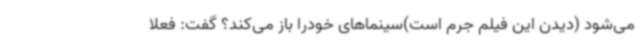
می‌شود (دیدن این فیلم جرم است)سینماهای خودرا باز می‌کند؟ گفت: فعلا